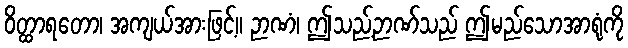
ဝိတ္ထာရတော၊ အကျယ်အားဖြင့်။ ဉာဏံ၊ ဤသည့်ဉာဏ်သည် ဤမည်သောအာရုံကို